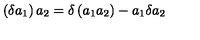
\left( \delta a _ { 1 } \right) a _ { 2 } = \delta \left( a _ { 1 } a _ { 2 } \right) - a _ { 1 } \delta a _ { 2 }